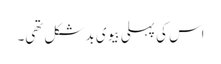
اس کی پہلی بیوی بدشکل تھی۔